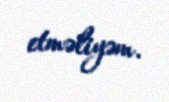
etməliyəm.